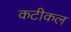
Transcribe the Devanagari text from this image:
कटीकल